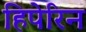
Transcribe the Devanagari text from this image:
हिपेरिन